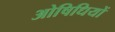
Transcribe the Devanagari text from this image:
ओषिधियों